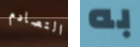
التصادم به